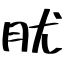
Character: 肬